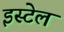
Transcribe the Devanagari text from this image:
इस्टेल